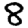
Digit: 8